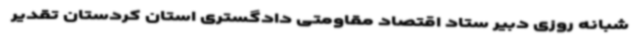
شبانه ‌روزی دبیر ستاد اقتصاد مقاومتی دادگستری استان کردستان تقدیر